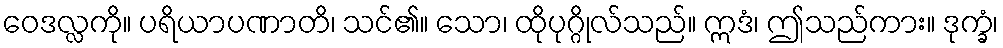
ဝေဒလ္လကို။ ပရိယာပဏာတိ၊ သင်၏။ သော၊ ထိုပုဂ္ဂိုလ်သည်။ ဣဒံ၊ ဤသည်ကား။ ဒုက္ခံ၊